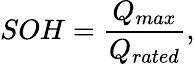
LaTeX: SOH=\frac{Q_{max}}{Q_{rated}},